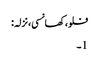
فلو، کھانسی، نزلہ :
1۔